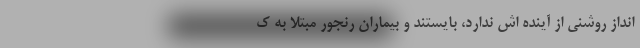
انداز روشنی از آینده اش ندارد، بایستند و بیماران رنجور مبتلا به ک